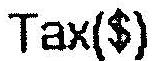
TAX($)